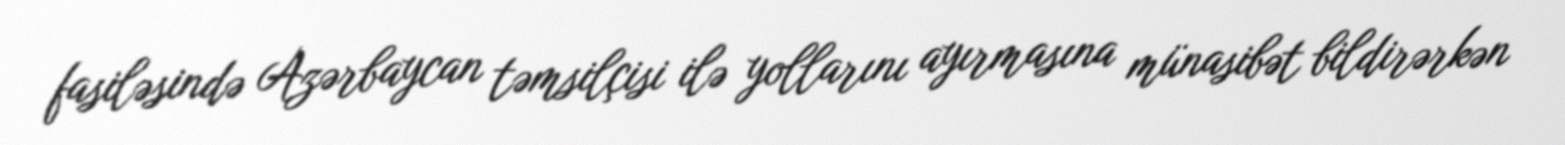
fasiləsində Azərbaycan təmsilçisi ilə yollarını ayırmasına münasibət bildirərkən